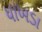
ધાખડા